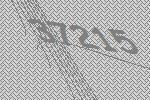
37215